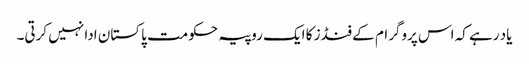
یاد رہے کہ اس پروگرام کے فنڈز کا ایک روپیہ حکومت پاکستان ادا نہیں کرتی۔